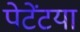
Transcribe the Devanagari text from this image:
पेटेंटया